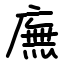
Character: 廡